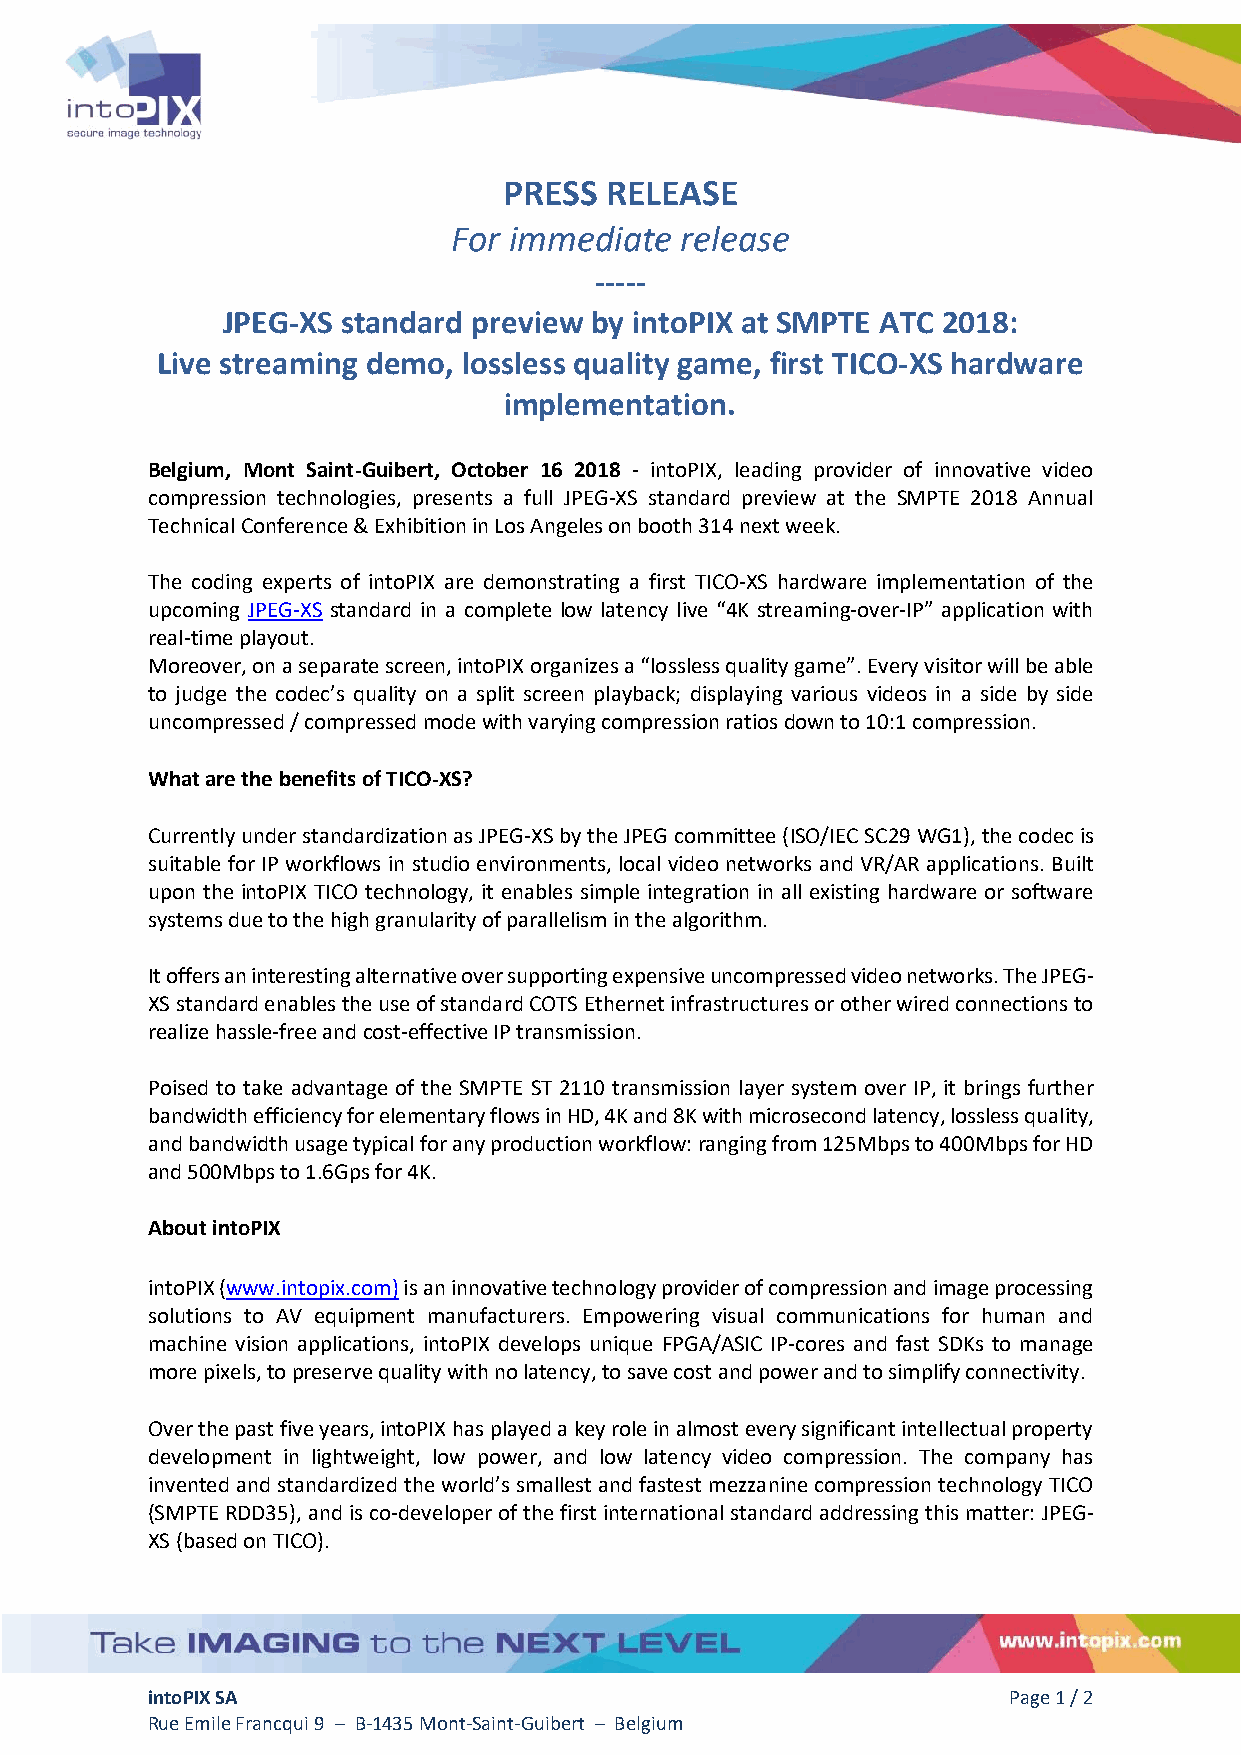
PRESS  RELEASE
 For immediate  release
 -----
 JPEG-XS standard preview by intoPIX at SMPTE ATC 2018:
 Live streaming demo, lossless quality game, first TICO-XS hardware
 implementation.
 Belgium, Mont Saint-Guibert, October 16 2018 - intoPIX, leading provider of innovative video
 compression technologies, presents a full JPEG-XS standard preview at the SMPTE 2018 Annual
 Technical Conference & Exhibition in Los Angeles on booth 314 next week.
 The coding experts of intoPIX are demonstrating a first TICO-XS hardware implementation of the
 upcoming JPEG-XS standard in a complete low latency live “4K streaming-over-IP” application with
 real-time playout.
 Moreover, on a separate screen, intoPIX organizes a “lossless quality game”. Every visitor will be able
 to judge the codec’s quality on a split screen playback; displaying various videos in a side by side
 uncompressed / compressed mode with varying compression ratios down to 10:1 compression.
 What are the benefits of TICO-XS?
 Currently under standardization as JPEG-XS by the JPEG committee (ISO/IEC SC29 WG1), the codec is
 suitable for IP workflows in studio environments, local video networks and VR/AR applications. Built
 upon the intoPIX TICO technology, it enables simple integration in all existing hardware or software
 systems due to the high granularity of parallelism in the algorithm.
 It offers an interesting alternative over supporting expensive uncompressed video networks. The JPEG-
 XS standard enables the use of standard COTS Ethernet infrastructures or other wired connections to
 realize hassle-free and cost-effective IP transmission.
 Poised to take advantage of the SMPTE ST 2110 transmission layer system over IP, it brings further
 bandwidth efficiency for elementary flows in HD, 4K and 8K with microsecond latency, lossless quality,
 and bandwidth usage typical for any production workflow: ranging from 125Mbps to 400Mbps for HD
 and 500Mbps to 1.6Gps for 4K.
 About intoPIX
 intoPIX (www.intopix.com) is an innovative technology provider of compression and image processing
 solutions to AV equipment manufacturers. Empowering visual communications for human and
 machine vision applications, intoPIX develops unique FPGA/ASIC IP-cores and fast SDKs to manage
 more pixels, to preserve quality with no latency, to save cost and power and to simplify connectivity.
 Over the past five years, intoPIX has played a key role in almost every significant intellectual property
 development in lightweight, low power, and low latency video compression. The company has
 invented and standardized the world’s smallest and fastest mezzanine compression technology TICO
 (SMPTE RDD35), and is co-developer of the first international standard addressing this matter: JPEG-
 XS (based on TICO).
 intoPIX SA                                               Page 1 / 2
 Rue Emile Francqui 9 – B-1435 Mont-Saint-Guibert – Belgium